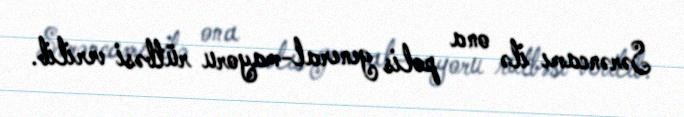
Sərəncamı ilə ona polis general-mayoru rütbəsi verilib.